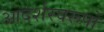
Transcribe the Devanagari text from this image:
आदर्शस्वरूपों